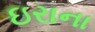
ઇરાના